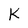
Character: K